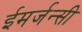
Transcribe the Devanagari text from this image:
ईमर्जन्सी